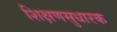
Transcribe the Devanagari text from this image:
शिक्षणसुधारक